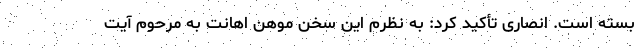
بسته است. انصاری تأکید کرد: به نظرم این سخن موهن اهانت به مرحوم آیت